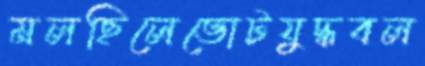
মলছিলেভোটযুদ্ধবল